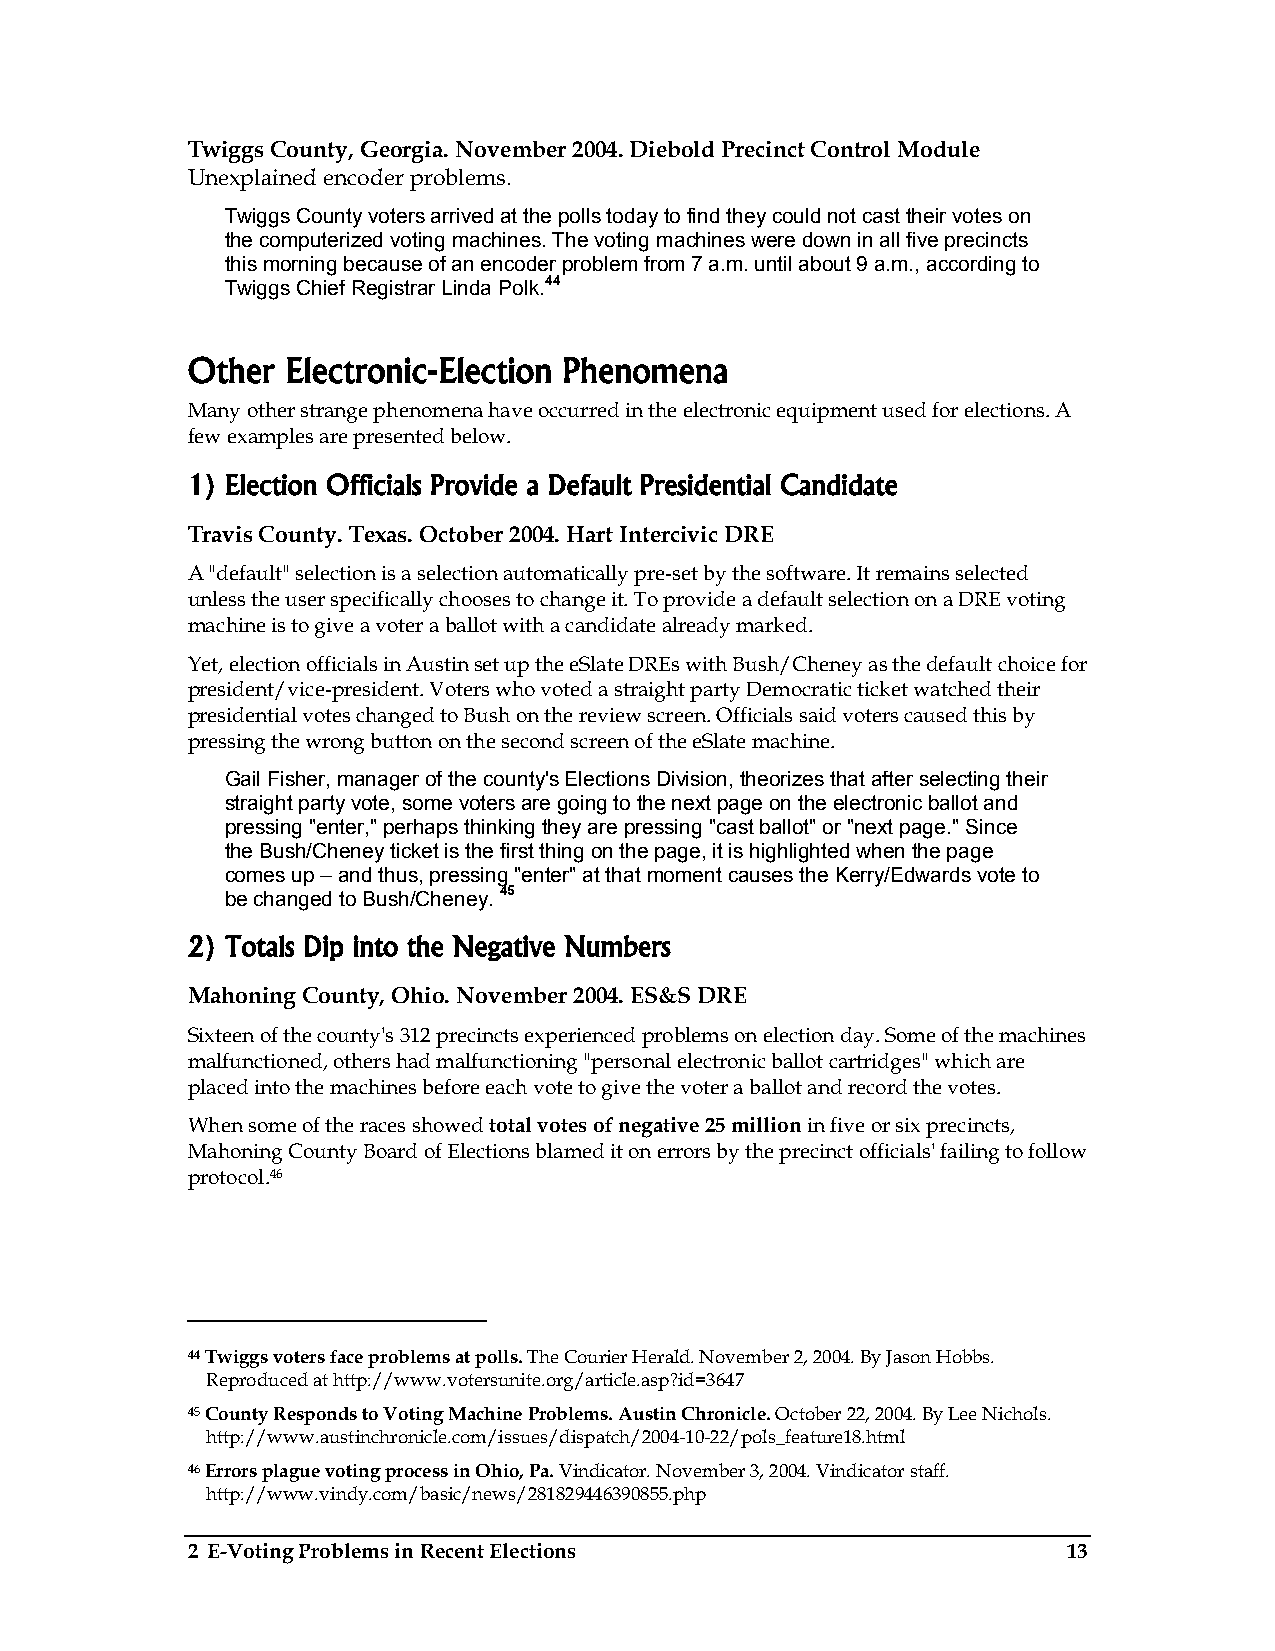
Twiggs County, Georgia. November 2004. Diebold Precinct Control Module
 Unexplained encoder problems.
 Twiggs County voters arrived at the polls today to find they could not cast their votes on
 the computerized voting machines. The voting machines were down in all five precincts
 this morning because of an encoder problem from 7 a.m. until about 9 a.m., according to
 Twiggs Chief Registrar Linda Polk.44
 Other  Electronic-Election Phenomena
 Many other strange phenomena have occurred in the electronic equipment used for elections. A
 few examples are presented below.
 1) Election Officials Provide a Default Presidential Candidate
 Travis County. Texas. October 2004. Hart Intercivic DRE
 A "default" selection is a selection automatically pre-set by the software. It remains selected
 unless the user specifically chooses to change it. To provide a default selection on a DRE voting
 machine is to give a voter a ballot with a candidate already marked.
 Yet, election officials in Austin set up the eSlate DREs with Bush/Cheney as the default choice for
 president/vice-president. Voters who voted a straight party Democratic ticket watched their
 presidential votes changed to Bush on the review screen. Officials said voters caused this by
 pressing the wrong button on the second screen of the eSlate machine.
 Gail Fisher, manager of the county's Elections Division, theorizes that after selecting their
 straight party vote, some voters are going to the next page on the electronic ballot and
 pressing "enter," perhaps thinking they are pressing "cast ballot" or "next page." Since
 the Bush/Cheney ticket is the first thing on the page, it is highlighted when the page
 comes up – and thus, pressing "enter" at that moment causes the Kerry/Edwards vote to
 be changed to Bush/Cheney. 45
 2) Totals Dip into the Negative Numbers
 Mahoning County, Ohio. November 2004. ES&S DRE
 Sixteen of the county's 312 precincts experienced problems on election day. Some of the machines
 malfunctioned, others had malfunctioning "personal electronic ballot cartridges" which are
 placed into the machines before each vote to give the voter a ballot and record the votes.
 When some of the races showed total votes of negative 25 million in five or six precincts,
 Mahoning County Board of Elections blamed it on errors by the precinct officials' failing to follow
 protocol.46
 44 Twiggs voters face problems at polls. The Courier Herald. November 2, 2004. By Jason Hobbs.
 Reproduced at http://www.votersunite.org/article.asp?id=3647
 45 County Responds to Voting Machine Problems. Austin Chronicle. October 22, 2004. By Lee Nichols.
 http://www.austinchronicle.com/issues/dispatch/2004-10-22/pols_feature18.html
 46 Errors plague voting process in Ohio, Pa. Vindicator. November 3, 2004. Vindicator staff.
 http://www.vindy.com/basic/news/281829446390855.php
 2 E-Voting Problems in Recent Elections                    13